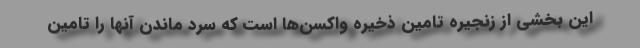
این بخشی از زنجیره تامین ذخیره واکسن‌ها است که سرد ماندن آنها را تامین